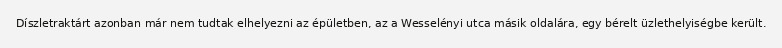
Díszletraktárt azonban már nem tudtak elhelyezni az épületben, az a Wesselényi utca másik oldalára, egy bérelt üzlethelyiségbe került.